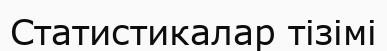
Статистикалар тізімі